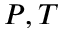
P , T